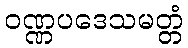
ဝဏ္ဏပဒေသမတ္တံ